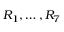
R _ { 1 } , \ldots , R _ { 7 }